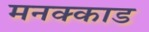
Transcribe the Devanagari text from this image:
मनक्काड